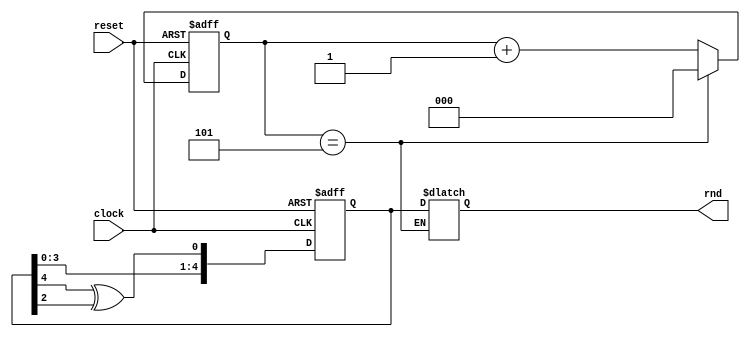
module LFSR (
    input clock,
    input reset,
    output [4:0] rnd 
    );

    wire feedback = random[4] ^ random[2]; 

    reg [4:0] random, random_next, random_done;
    reg [2:0] count, count_next; //to keep track of the shifts

    always @ (posedge clock or posedge reset)
    begin
        if (reset)
        begin
            random <= 4'b1001; //An LFSR cannot have an all 0 state, thus reset to FF
            count <= 0;
        end
        else
        begin
            random <= random_next;
            count <= count_next;
        end
    end

    always @ (*) begin
        random_next = random; //default state stays the same
        count_next = count;
        
        random_next = {random[3:0], feedback}; //shift left the xor'd every posedge clock
        count_next = count + 1;

        if (count == 5) begin
            count_next = 0;
            random_done = random; //assign the random number to output after 4
        end
    end

    assign rnd = random_done;

endmodule